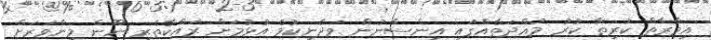
އިމާރާތް ކުރިތާ ކުރު މުއްދަތެއްގައި އިންސާނުން ވަދެނިކުމެ އުޅުމަށް ރައްކާތެރި ނޫން މިންވަރަށް